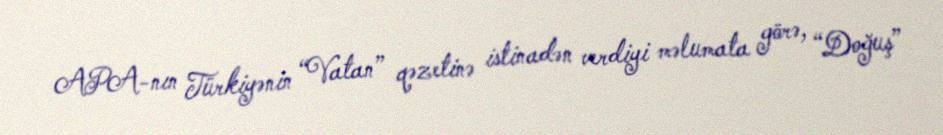
APA-nın Türkiyənin “Vatan” qəzetinə istinadən verdiyi məlumata görə, “Doğuş”